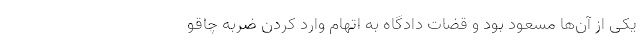
یکی از آن‌ها مسعود بود و قضات دادگاه به اتهام وارد کردن ضربه چاقو